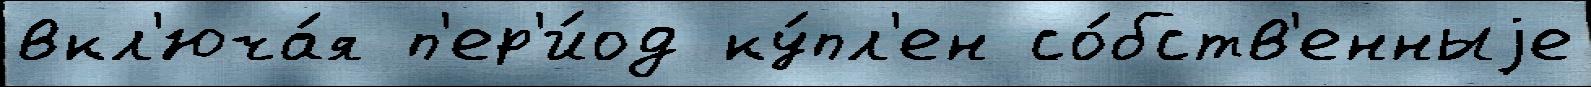
вкл'юча́я п'ер'и́од ку́пл'ен со́бств'енныjе